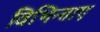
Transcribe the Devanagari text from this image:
विभिन्ताए